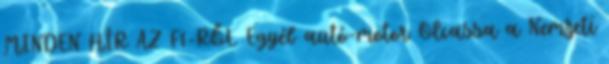
MINDEN HÍR AZ F1-RŐL Egyéb autó-motor Olvassa a Nemzeti